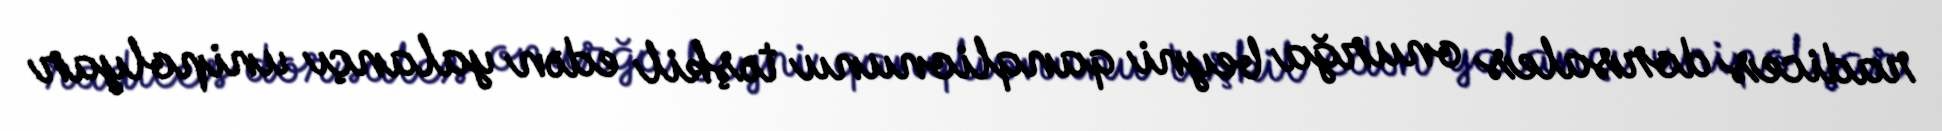
radices dorsales onurğa beyni qanqlionunu təşkil edən yalançı unipolyar